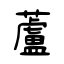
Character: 蘆